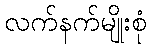
လက်နက်မျိုးစုံ